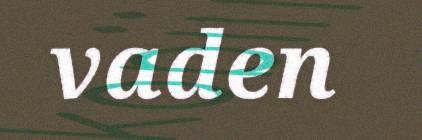
vaden